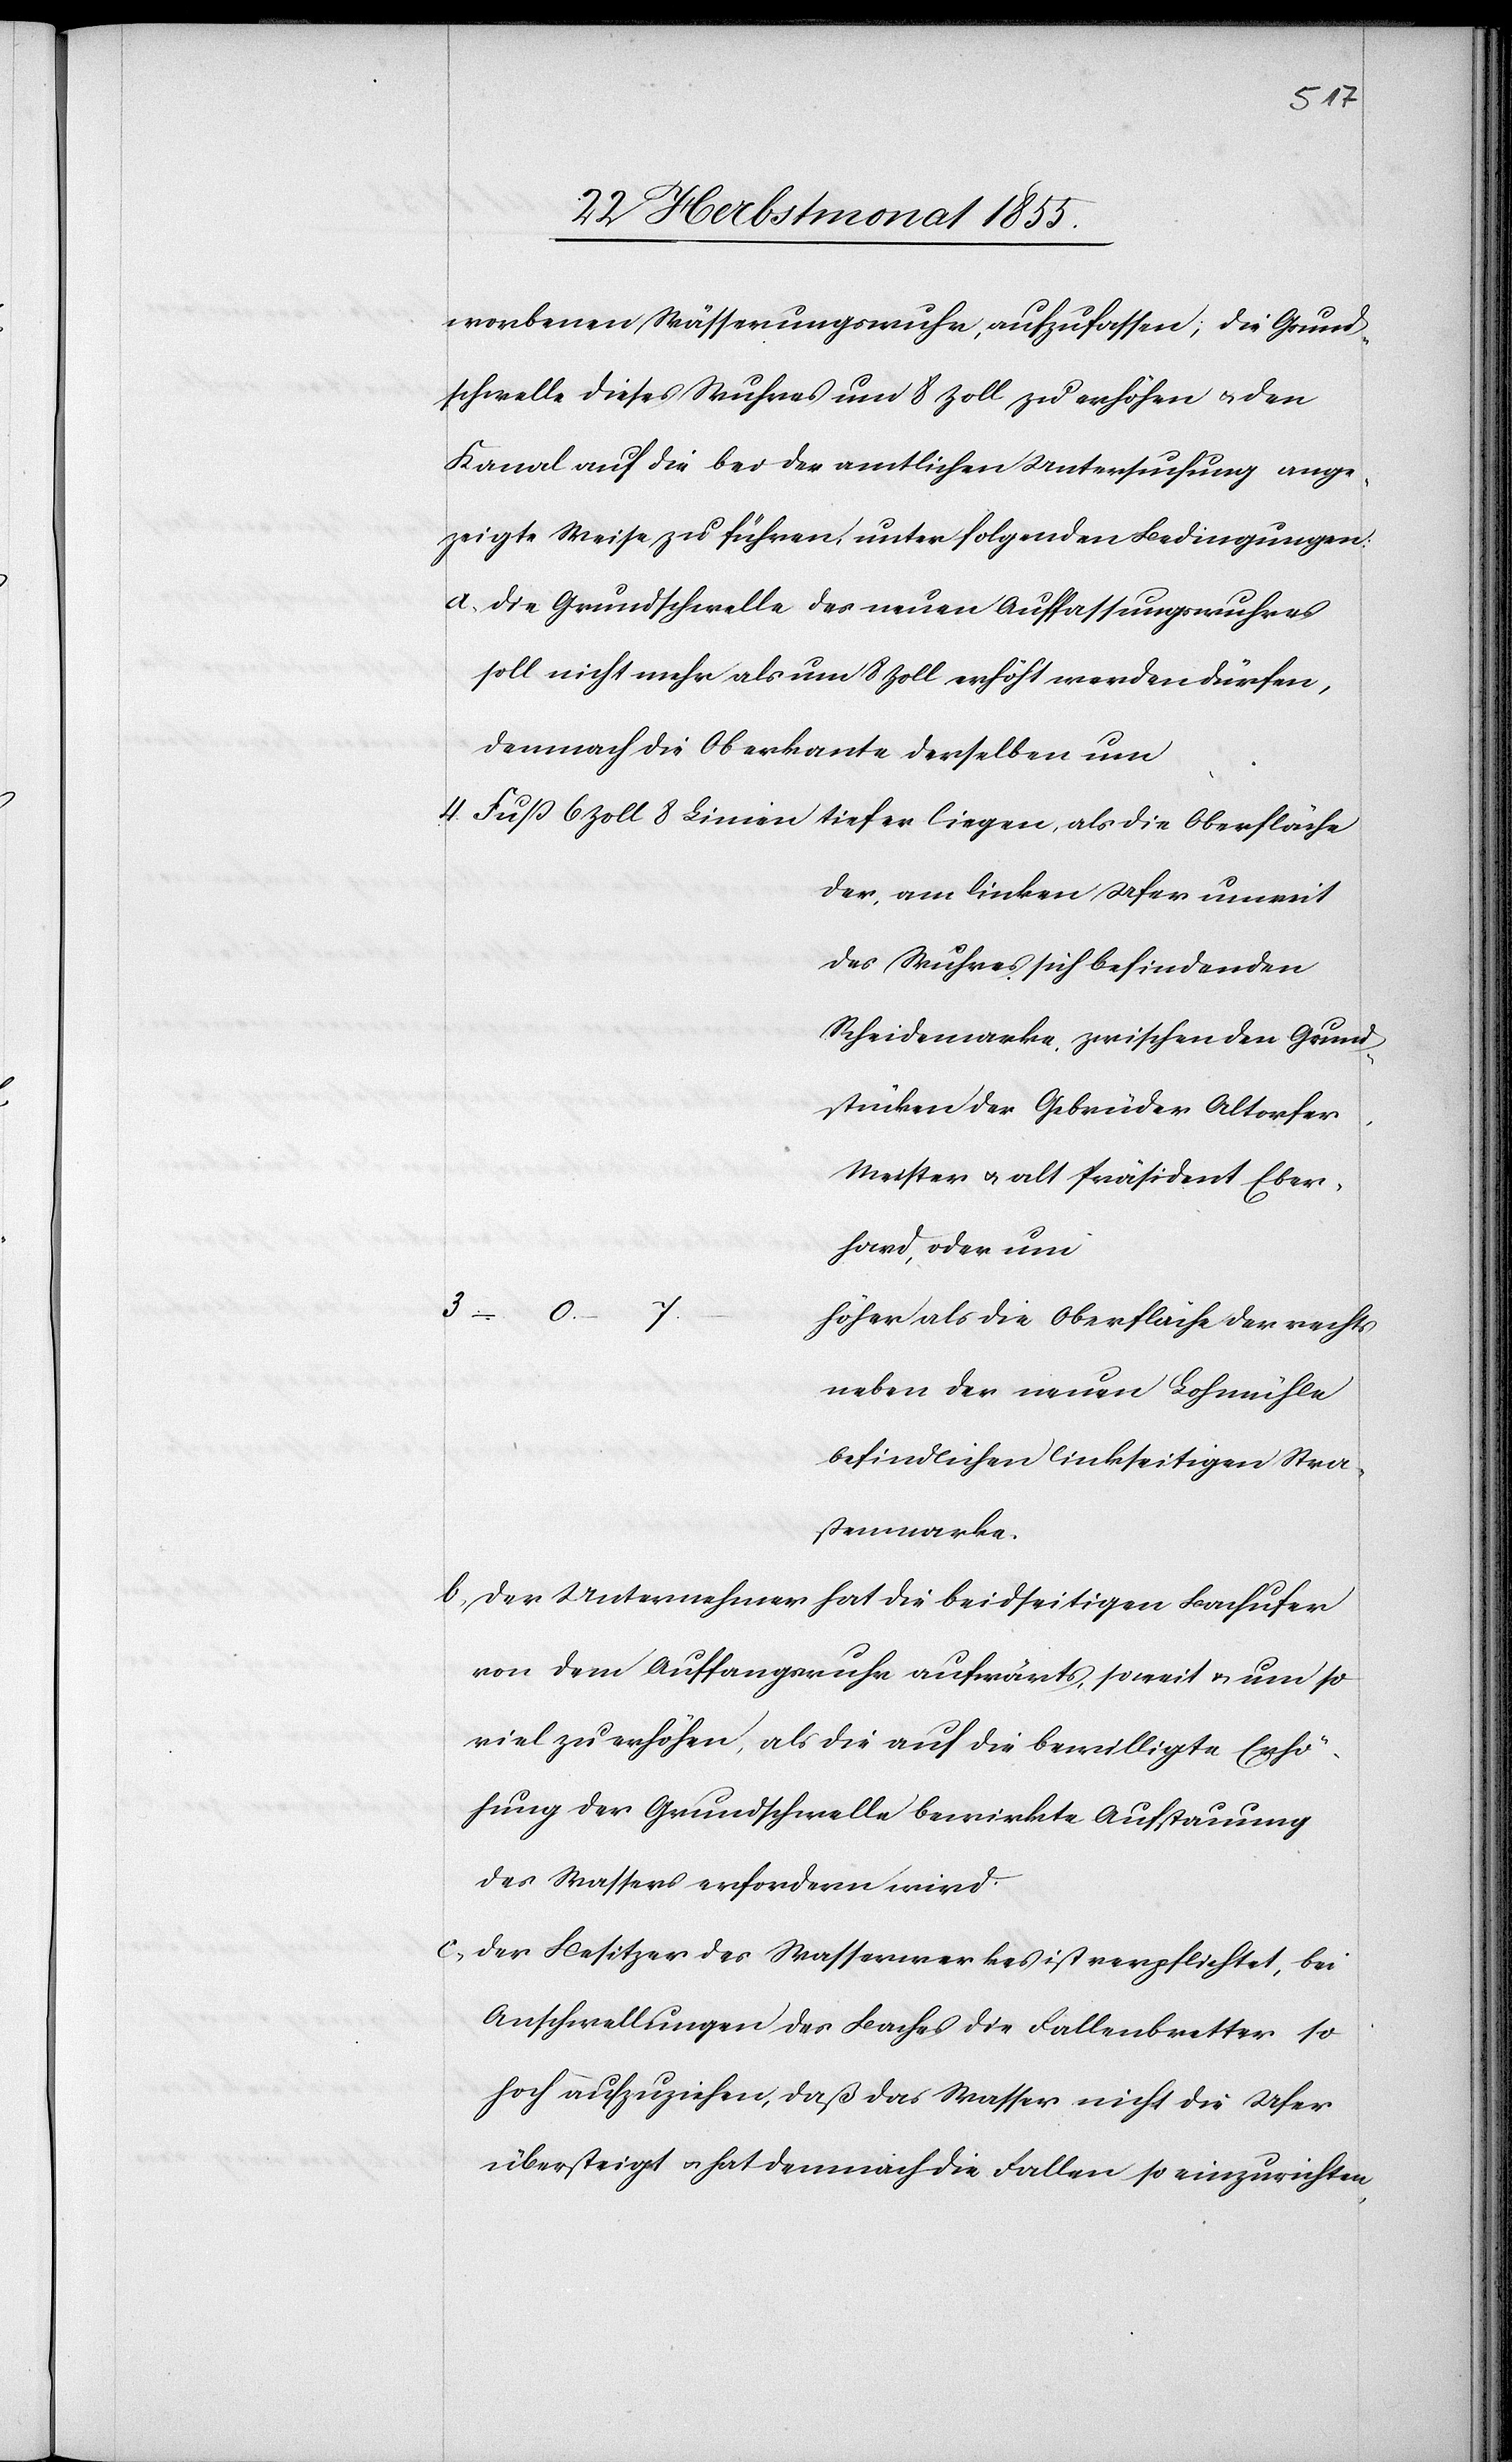
worbenen Wässerungswuhr, aufzufassen; die Grund¬
schwelle dieses Wuhres um 8 Zoll zu erhöhen & den
Kanal auf die bei der amtlichen Untersuchung ange¬
zeigte Weise zu führen, unter folgenden Bedingungen:
Die Grundschwelle des neuen Auffassungswuhres
soll nicht mehr als um 8 Zoll erhöht werden dürfen,
demnach die Oberkante derselben um
der, am linken Ufer unweit
des Wuhres sich befindenden
Scheidemarke, zwischen den Grund¬
stücken der Gebrüder Altorfer,
Meister & alt Präsident Eber¬
hard, oder um
3 – 0 – 7
höher als die Oberfläche der rechts
neben der neuen Lohmühle
befindlichen linkseitigen Stra¬
ßenmarke.
Der Unternehmer hat die beidseitigen Bachufer
von dem Auffangswuhr aufwärts, soweit & um so
viel zu erhöhen, als die auf die bewilligte Erhö¬
hung der Grundschwelle bewirkte Aufstauung
des Wassers erfordern wird.
Der Besitzer des Wasserwerkes ist verpflichtet, bei
Anschwellungen des Baches die Fallenbretter so
hoch aufzuziehen, daß das Wasser nicht die Ufer
übersteigt & hat demnach die Fallen so einzurichten,